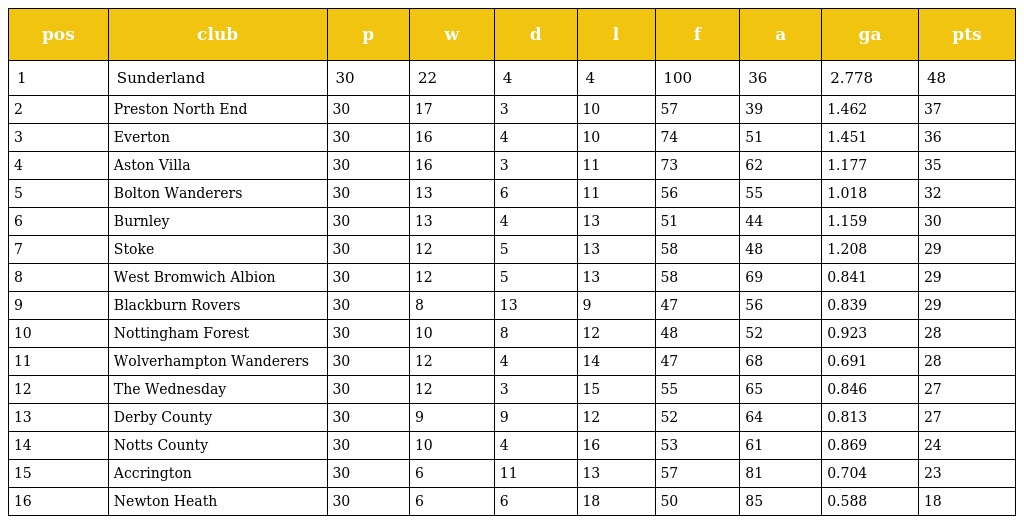
| pos | club | p | w | d | l | f | a | ga | pts |
 | --- | --- | --- | --- | --- | --- | --- | --- | --- | --- |
 | 1 | Sunderland | 30 | 22 | 4 | 4 | 100 | 36 | 2.778 | 48 |
 | 2 | Preston North End | 30 | 17 | 3 | 10 | 57 | 39 | 1.462 | 37 |
 | 3 | Everton | 30 | 16 | 4 | 10 | 74 | 51 | 1.451 | 36 |
 | 4 | Aston Villa | 30 | 16 | 3 | 11 | 73 | 62 | 1.177 | 35 |
 | 5 | Bolton Wanderers | 30 | 13 | 6 | 11 | 56 | 55 | 1.018 | 32 |
 | 6 | Burnley | 30 | 13 | 4 | 13 | 51 | 44 | 1.159 | 30 |
 | 7 | Stoke | 30 | 12 | 5 | 13 | 58 | 48 | 1.208 | 29 |
 | 8 | West Bromwich Albion | 30 | 12 | 5 | 13 | 58 | 69 | 0.841 | 29 |
 | 9 | Blackburn Rovers | 30 | 8 | 13 | 9 | 47 | 56 | 0.839 | 29 |
 | 10 | Nottingham Forest | 30 | 10 | 8 | 12 | 48 | 52 | 0.923 | 28 |
 | 11 | Wolverhampton Wanderers | 30 | 12 | 4 | 14 | 47 | 68 | 0.691 | 28 |
 | 12 | The Wednesday | 30 | 12 | 3 | 15 | 55 | 65 | 0.846 | 27 |
 | 13 | Derby County | 30 | 9 | 9 | 12 | 52 | 64 | 0.813 | 27 |
 | 14 | Notts County | 30 | 10 | 4 | 16 | 53 | 61 | 0.869 | 24 |
 | 15 | Accrington | 30 | 6 | 11 | 13 | 57 | 81 | 0.704 | 23 |
 | 16 | Newton Heath | 30 | 6 | 6 | 18 | 50 | 85 | 0.588 | 18 |